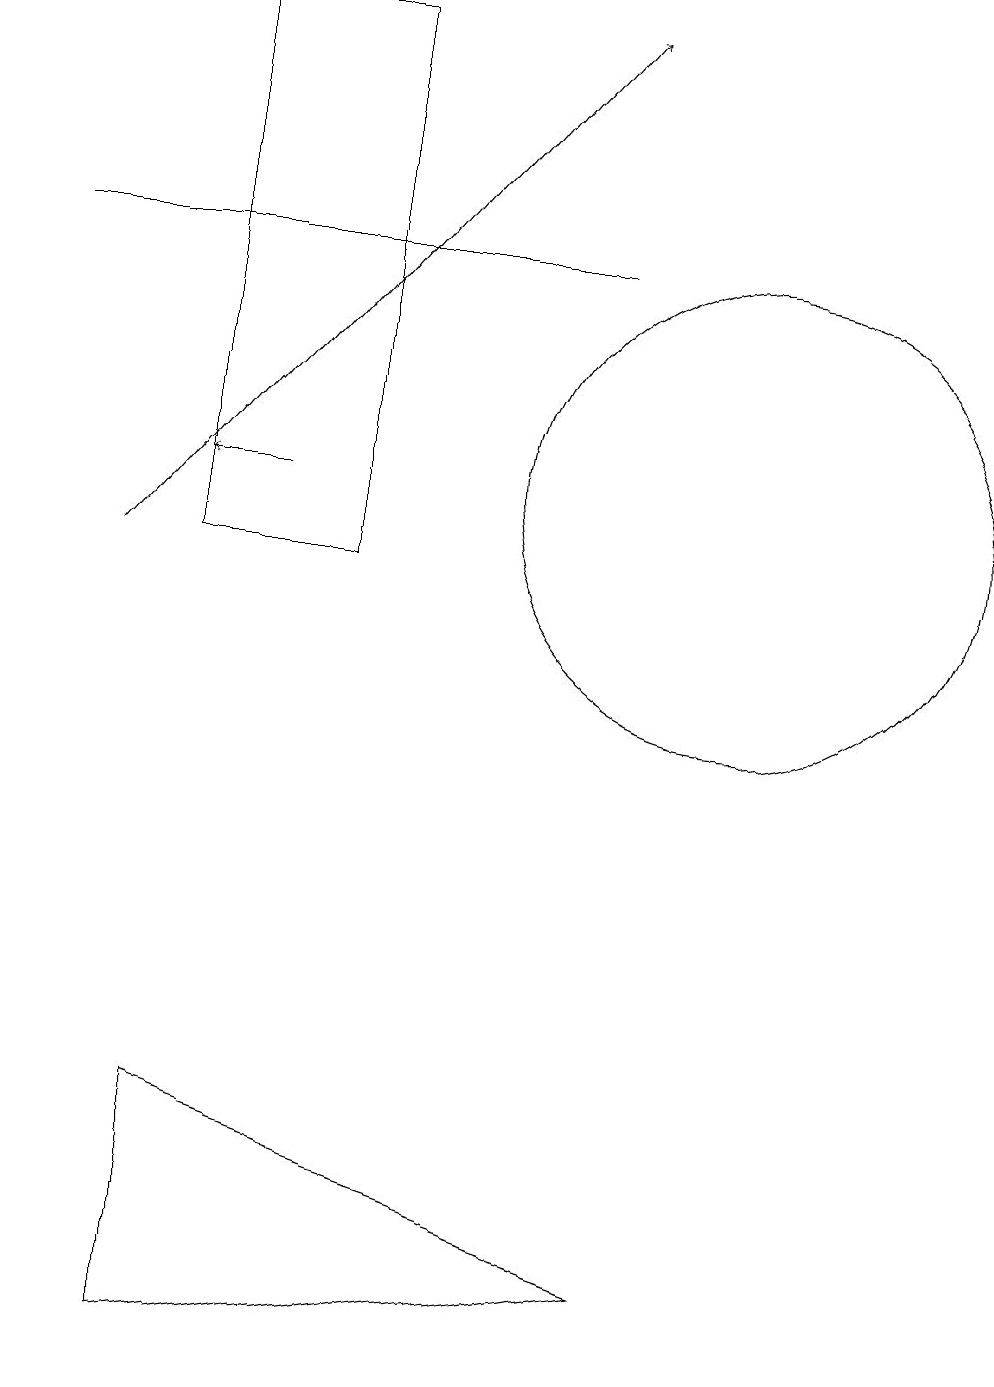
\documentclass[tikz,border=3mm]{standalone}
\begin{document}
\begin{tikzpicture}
\draw (10,11) circle (3);
\draw (3,17) rectangle (5,10);
\draw[->] (2,10) -- (8,17);
\draw[->] (4,11) -- (3,11);
\draw (3,3) -- (9,1) -- (3,0) -- cycle;
\draw (1,14) rectangle (8,14);
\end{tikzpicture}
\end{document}